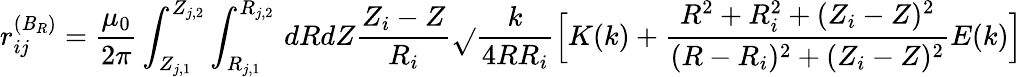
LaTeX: r_{ij}^{(\mathit{B}_{R})}=\frac{{\mu_{0}}}{{2\pi}}\int_{Z_{j,1}}^{Z_{j,2}}\int_{R_{j,1}}^{R_{j,2}}\, dRdZ\frac{{Z_{i}-Z}}{{R_{i}}}\sqrt{}{{\frac{{k}}{{4RR_{i}}}}}\Big[K(k)+\frac{{R^{2}+R_{i}^{2}+(Z_{i}-Z)^{2}}}{{(R-R_{i})^{2}+(Z_{i}-Z)^{2}}}E(k)\Big]